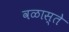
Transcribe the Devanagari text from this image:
वळास्ते